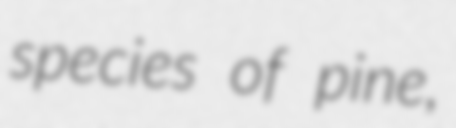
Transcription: species of pine,